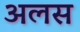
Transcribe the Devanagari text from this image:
अलस